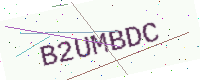
Text: B2UMBDC